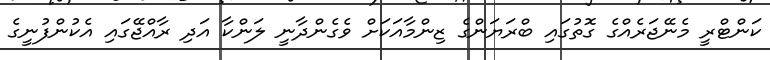
ކަންޓްރީ މެނޭޖަރެއްގެ ގޮތުގައި ބްރަޔަންގެ ޒިންމާއަކަށް ވެގެންދާނީ ލަންކާ އަދި ރާއްޖޭގައި އެކުންފުނީގެ